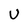
Character: U